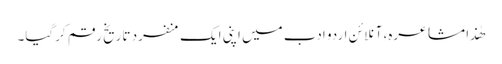
ھٰذا مشاعرہ، آنلائن اردو ادب میں اپنی ایک منفرد تاریخ رقم کرگیا۔